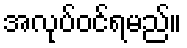
အလုပ်ဝင်ရမည်။